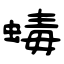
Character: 蝳